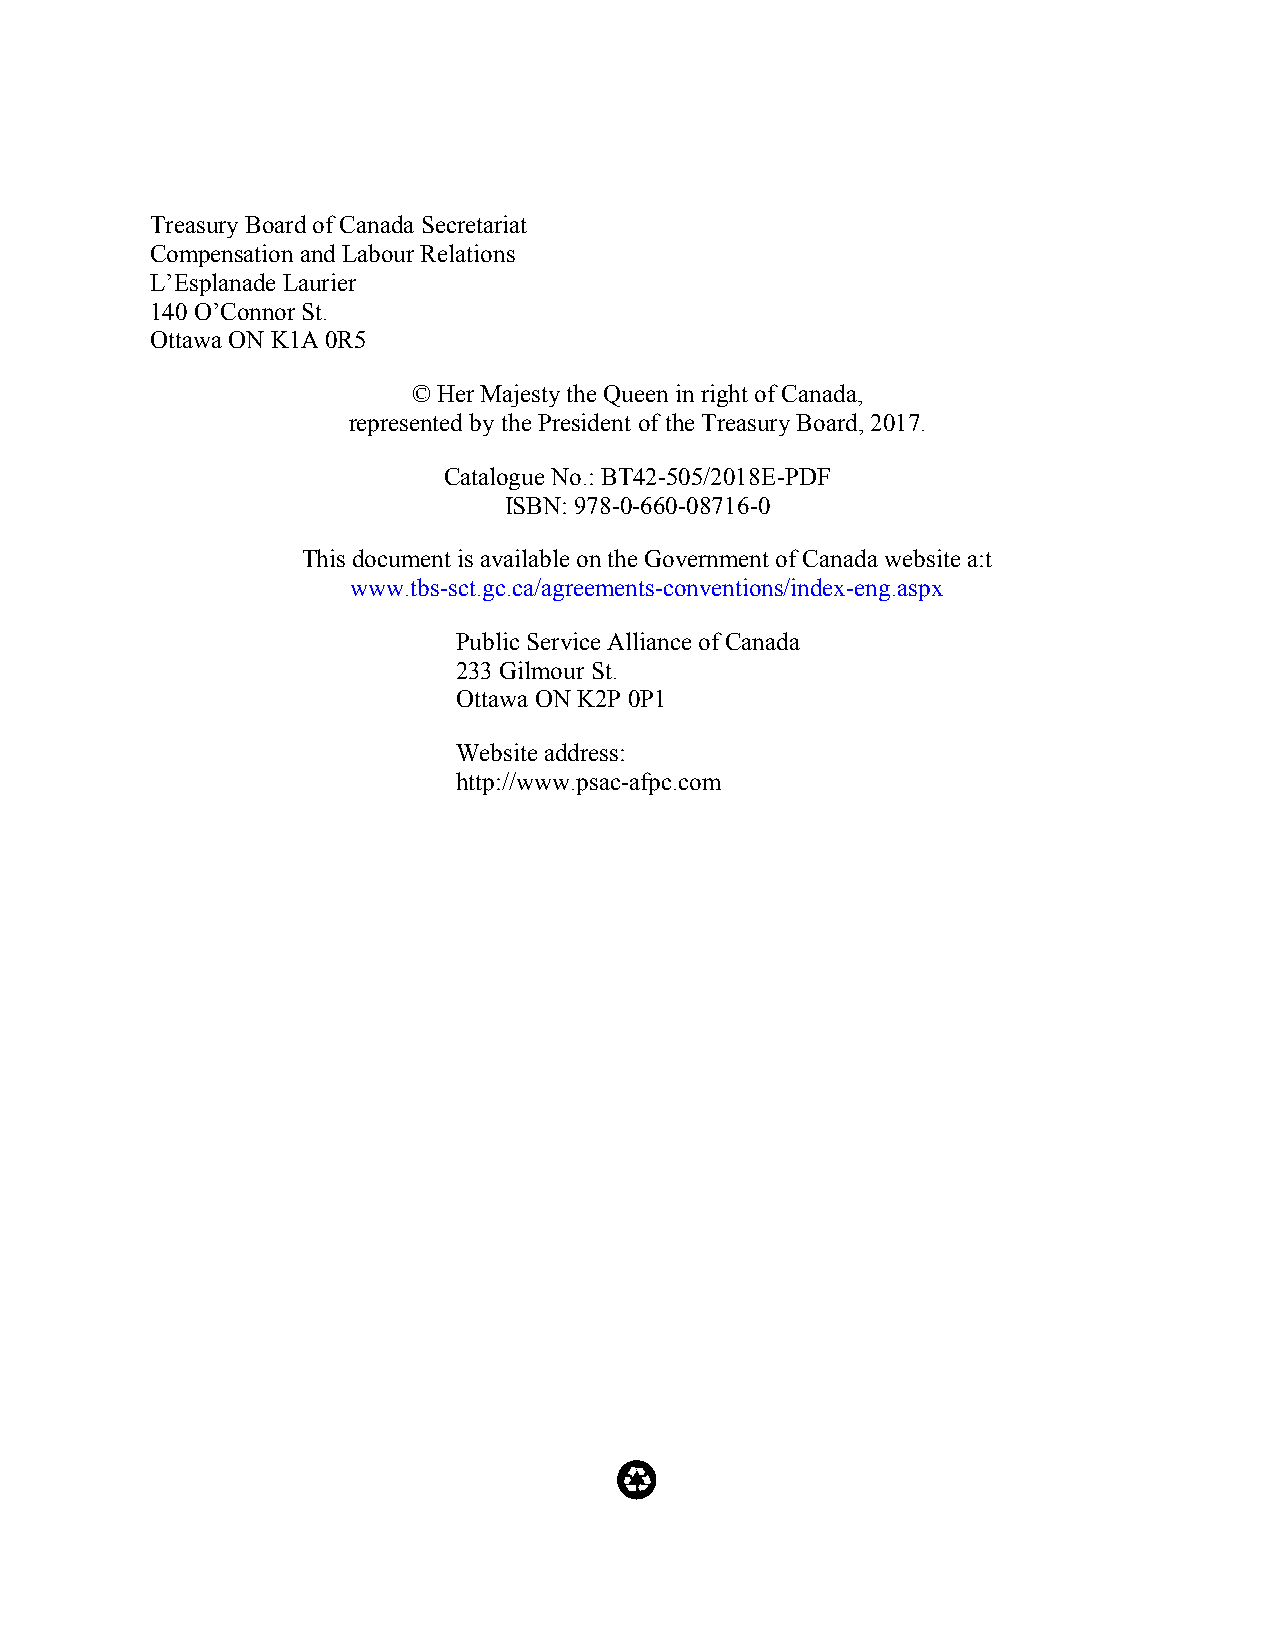
Treasury Board of Canada Secretariat
 Compensation and Labour Relations
 L’Esplanade Laurier
 140 O’Connor St.
 Ottawa ON K1A 0R5
 © Her Majesty the Queen in right of Canada,
 represented by the President of the Treasury Board, 2017.
 Catalogue No.: BT42-505/2018E-PDF
 ISBN: 978-0-660-08716-0
 This document is available on the Government of Canada website a:t
 www.tbs-sct.gc.ca/agreements-conventions/index-eng.aspx
 Public Service Alliance of Canada
 233 Gilmour St.
 Ottawa ON K2P 0P1
 Website address:
 http://www.psac-afpc.com